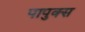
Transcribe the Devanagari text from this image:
पापुक्स